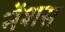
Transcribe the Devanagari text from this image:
नेंशस